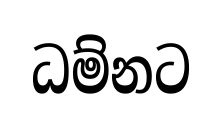
ධම්නට